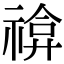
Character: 𥚫